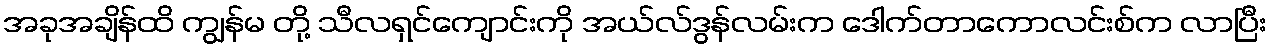
အခုအချိန်ထိ ကျွန်မ တို့ သီလရှင်ကျောင်းကို အယ်လ်ဒွန်လမ်းက ဒေါက်တာကောလင်းစ်က လာပြီး